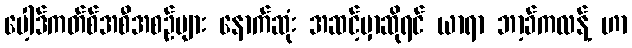
ပေါ့ဒ်ကတ်စ်အစီအစဉ်များ နောက်ဆုံး အဆင့်မှာဆိုရင် ယာရာ ဘာ့ခ်ကလန့် ဟာ